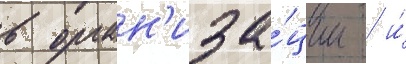
в орган'иза́ции / и́